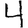
Digit: 4